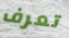
تعرف